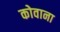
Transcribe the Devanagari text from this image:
कोवाना